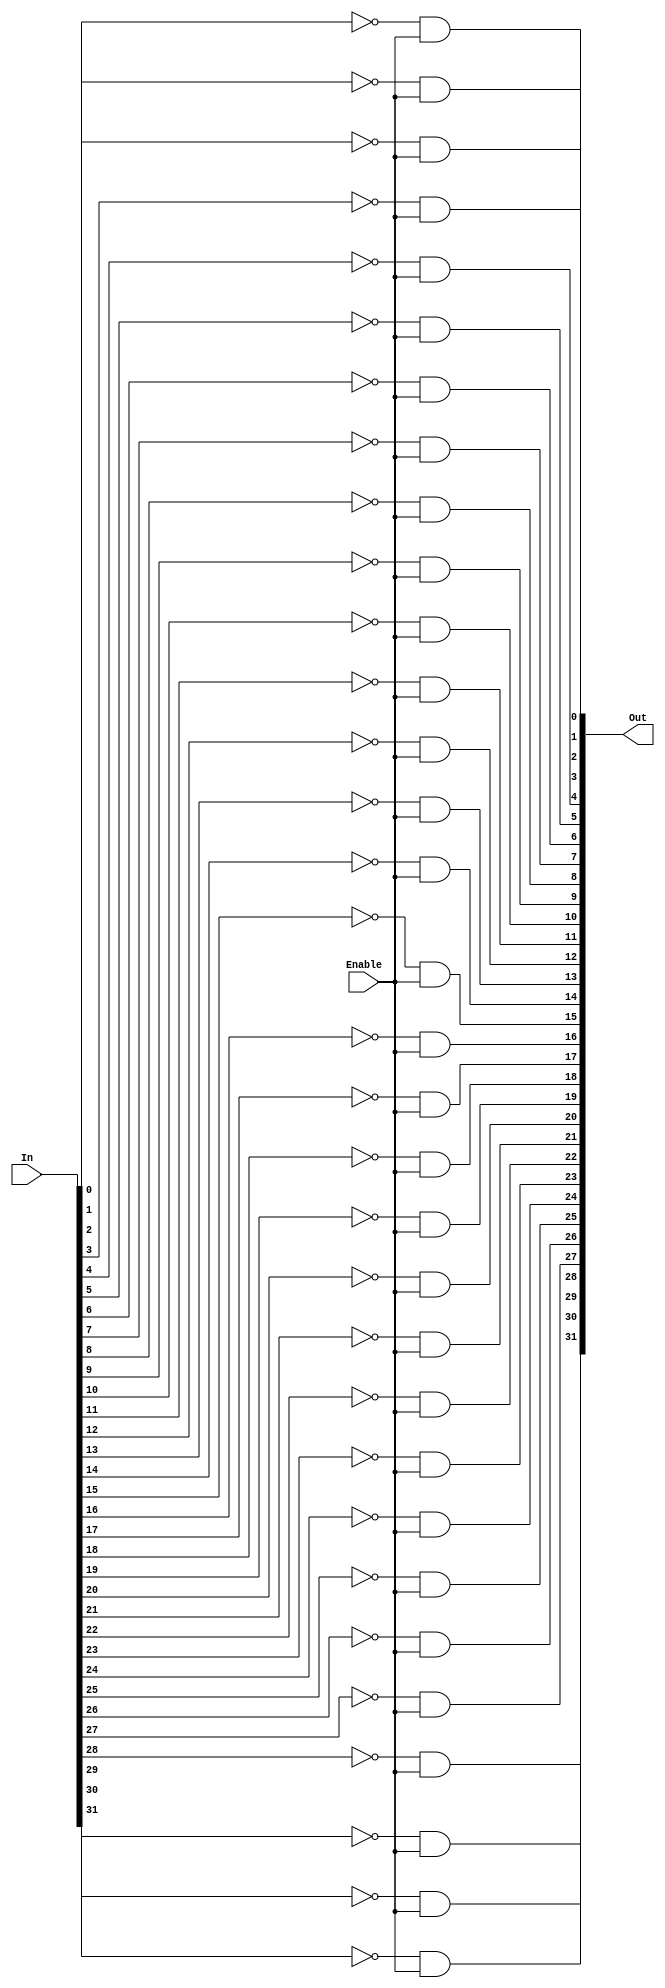
`timescale 1ns / 1ps
//////////////////////////////////////////////////////////////////////////////////
// Company: 
// 
// Design Name: 
// Module Name: ALU32
// Project Name: 
// Target Devices: 
// Tool Versions: 
// Description: 
// 
// Dependencies: 
// 
// Revision:
// Revision 0.01 - File Created
// Additional Comments:
// 
//////////////////////////////////////////////////////////////////////////////////

// 32
module G_Not32(
        input  wire [31:0] In,
        input wire         Enable, // Enable Message, high as enable
        output wire [31:0] Out
    );

    wire [31:0] OutTmp;

    // genvar        i ;
    // generate
    //     for(i = 0; i <= 31; i = i + 1)
    //     begin: not_gen
    //         not out_not (Out[i], In[i]);
    //     end
    // endgenerate

    // Calculate ~In
    
    not (OutTmp[0],In[0]);
    not (OutTmp[1],In[1]);
    not (OutTmp[2],In[2]);
    not (OutTmp[3],In[3]);
    not (OutTmp[4],In[4]);
    not (OutTmp[5],In[5]);
    not (OutTmp[6],In[6]);
    not (OutTmp[7],In[7]);
    not (OutTmp[8],In[8]);
    not (OutTmp[9],In[9]);
    not (OutTmp[10],In[10]);
    not (OutTmp[11],In[11]);
    not (OutTmp[12],In[12]);
    not (OutTmp[13],In[13]);
    not (OutTmp[14],In[14]);
    not (OutTmp[15],In[15]);
    not (OutTmp[16],In[16]);
    not (OutTmp[17],In[17]);
    not (OutTmp[18],In[18]);
    not (OutTmp[19],In[19]);
    not (OutTmp[20],In[20]);
    not (OutTmp[21],In[21]);
    not (OutTmp[22],In[22]);
    not (OutTmp[23],In[23]);
    not (OutTmp[24],In[24]);
    not (OutTmp[25],In[25]);
    not (OutTmp[26],In[26]);
    not (OutTmp[27],In[27]);
    not (OutTmp[28],In[28]);
    not (OutTmp[29],In[29]);
    not (OutTmp[30],In[30]);
    not (OutTmp[31],In[31]);

    // And Enable Message

    and (Out[0],OutTmp[0],Enable);
    and (Out[1],OutTmp[1],Enable);
    and (Out[2],OutTmp[2],Enable);
    and (Out[3],OutTmp[3],Enable);
    and (Out[4],OutTmp[4],Enable);
    and (Out[5],OutTmp[5],Enable);
    and (Out[6],OutTmp[6],Enable);
    and (Out[7],OutTmp[7],Enable);
    and (Out[8],OutTmp[8],Enable);
    and (Out[9],OutTmp[9],Enable);
    and (Out[10],OutTmp[10],Enable);
    and (Out[11],OutTmp[11],Enable);
    and (Out[12],OutTmp[12],Enable);
    and (Out[13],OutTmp[13],Enable);
    and (Out[14],OutTmp[14],Enable);
    and (Out[15],OutTmp[15],Enable);
    and (Out[16],OutTmp[16],Enable);
    and (Out[17],OutTmp[17],Enable);
    and (Out[18],OutTmp[18],Enable);
    and (Out[19],OutTmp[19],Enable);
    and (Out[20],OutTmp[20],Enable);
    and (Out[21],OutTmp[21],Enable);
    and (Out[22],OutTmp[22],Enable);
    and (Out[23],OutTmp[23],Enable);
    and (Out[24],OutTmp[24],Enable);
    and (Out[25],OutTmp[25],Enable);
    and (Out[26],OutTmp[26],Enable);
    and (Out[27],OutTmp[27],Enable);
    and (Out[28],OutTmp[28],Enable);
    and (Out[29],OutTmp[29],Enable);
    and (Out[30],OutTmp[30],Enable);
    and (Out[31],OutTmp[31],Enable);

endmodule